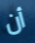
أن